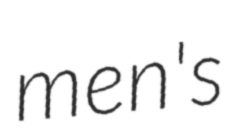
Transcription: men's